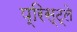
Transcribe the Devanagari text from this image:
प्रिस्ट्ले